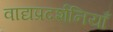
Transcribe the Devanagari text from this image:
वाद्यप्रदर्शनियाँ